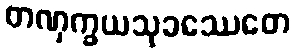
တဏှက္ခယသုခဿေတေ